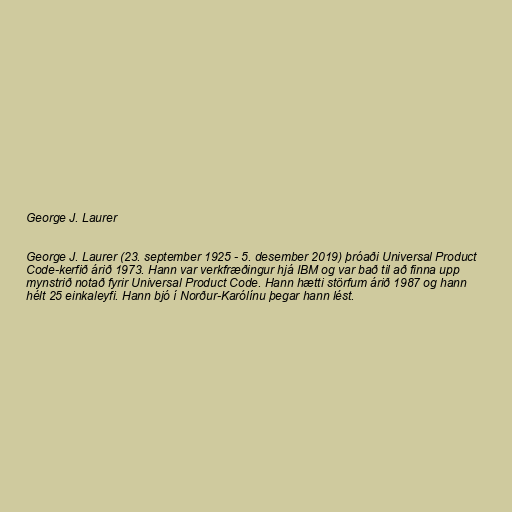
George J. Laurer

George J. Laurer (23. september 1925 - 5. desember 2019) þróaði Universal Product
Code-kerfið árið 1973. Hann var verkfræðingur hjá IBM og var bað til að finna upp
mynstrið notað fyrir Universal Product Code. Hann hætti störfum árið 1987 og hann
hélt 25 einkaleyfi. Hann bjó í Norður-Karólínu þegar hann lést.